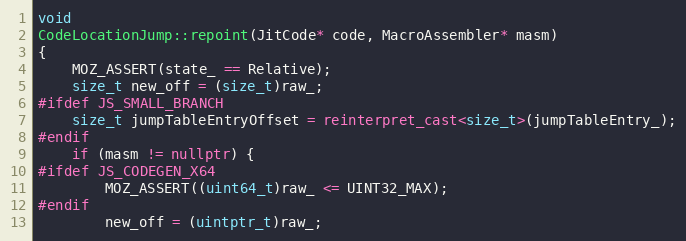
Language: C++
void
CodeLocationJump::repoint(JitCode* code, MacroAssembler* masm)
{
    MOZ_ASSERT(state_ == Relative);
    size_t new_off = (size_t)raw_;
#ifdef JS_SMALL_BRANCH
    size_t jumpTableEntryOffset = reinterpret_cast<size_t>(jumpTableEntry_);
#endif
    if (masm != nullptr) {
#ifdef JS_CODEGEN_X64
        MOZ_ASSERT((uint64_t)raw_ <= UINT32_MAX);
#endif
        new_off = (uintptr_t)raw_;